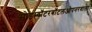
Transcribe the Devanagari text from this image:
सोडावॉटरबॉटलओपनरवाला